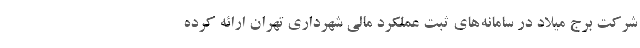
شرکت برج میلاد در سامانه‌های ثبت عملکرد مالی شهرداری تهران ارائه کرده